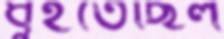
ধুইতেছিল